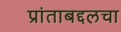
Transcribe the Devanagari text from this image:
प्रांताबद्दलचा